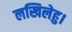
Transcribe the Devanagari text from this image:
लखिलेहु।